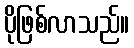
ပိုဖြစ်လာသည်။